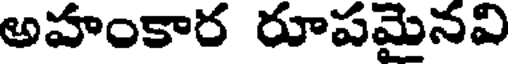
అహంకార రూపమైనవి